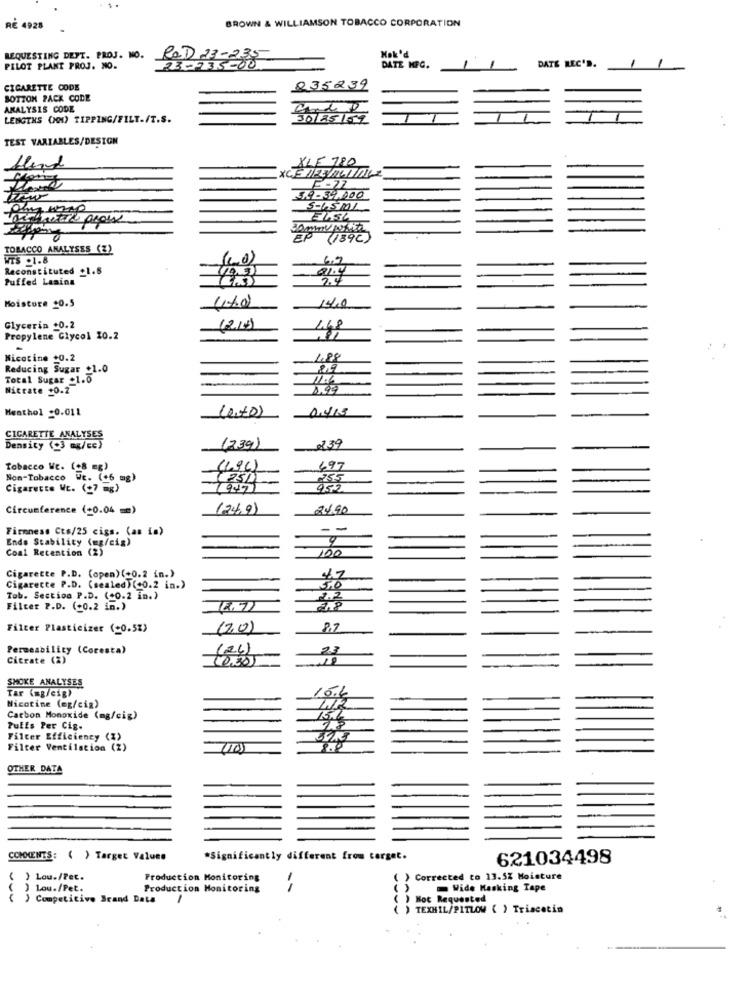
BROWN & WILLIAMSON TOBACCO CORPORATION
RE 4928
REQUESTING DEPT. PROJ. NO.
ROD 23-235
Nok'd
DATE REC'D.
PILOT PLANT PROJ. NO.
DATE KFC.
CIGARETTE CODE
835239
BOTTOM PACK CODE
ANALYSIS CODE
LENGTHS (MM) TIPPING/FILT-/T.S.
TEST VARIABLES/DESIGN
XLE 780
blend
E-77
$10-39,000
S-LSML
AP
(189C)
TOBACCO ANALYSES (%)
WTS .1.8
Reconstituted _1.5
21.4
Puffed Laains
2.4
144,0
Moisture 20.5
Glycerin +0.2
1.48
Propylene Glycol 10.2
Nicotine +0.2
1,88
Reducing Sugar +1.0
Total Sugar +1.0
Nitrate +0.2
1,99
Menthol :0.011
(0,00)
CIGARETTE ANALYSES
239
Density (3 mg/ce)
(239)
Tobacco We. (+8 mg)
497
Non-Tobacco Wt. (+6 mg)
255
Cigarette Wc. (+7 =g)
959
Circumference (+0.04 =)
(24,9)
2490
Firmnese Cts/25 cigs. (as [=)
--
Ende Stability (mg/cig)
Coal Retention (2)
100
Cigarette P.D. (open) (+0.2 in.)
Cigarette P.D. (sealed)(+0.2 in.)
5.0
Tab. Section P.D. (+0.2 in.)
Filter P.D. (+0.2 in.)
(2.7)
218
Filter Plasticizer (+0.5%)
(2,0)
Permeability (Coresta)
(26)
23
Citrate (2)
SMOKE ANALYSES
Tar (mg/cig)
15.6
Nicotine (mg/cia)
Carbon Monoxide (mg/cig)
15.6
Puffs Per Cig.
25
Filter Efficiency (%)
Filter Ventilation (Z)
OTHER DATA
COMMENTS: ( ) Target Values
*Significantly different from corget.
621034498
( ) Lou-/Pet.
Production Monitoring
( ) Corrected to 13.5% Moisture
( ) Lou./Pet.
Production Monitoring
Wide Masking Tape
( ) Competitivo Srand Data
) Kot Requested
TEXHIL/PITLOW ( ) Triacetin